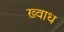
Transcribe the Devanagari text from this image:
ख़्वाध